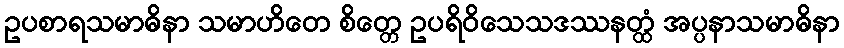
ဥပစာရသမာဓိနာ သမာဟိတေ စိတ္တေ ဥပရိဝိသေသဒဿနတ္ထံ အပ္ပနာသမာဓိနာ